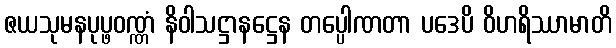
ဇယသုမနပုပ္ဖဝဏ္ဏံ နိဝါသဋ္ဌာနဋ္ဌေန တပ္ပေါဏတာ ပဒေပိ ဝိဟရိဿာမာတိ